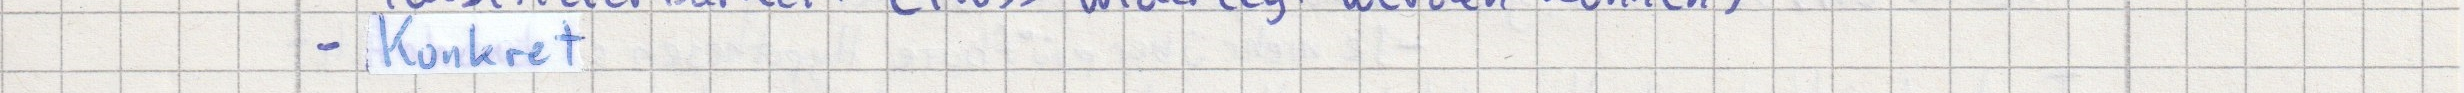
- Konkret